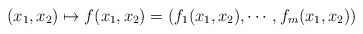
\begin{align*}(x_1,x_2)\mapsto f(x_1,x_2)=(f_1(x_1,x_2),\cdots,f_m(x_1,x_2))\end{align*}